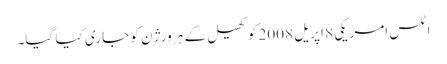
اٹلس امریکی 8 اپریل 2008 کو کھیل کے ہر ورژن کو جاری کیا گیا۔